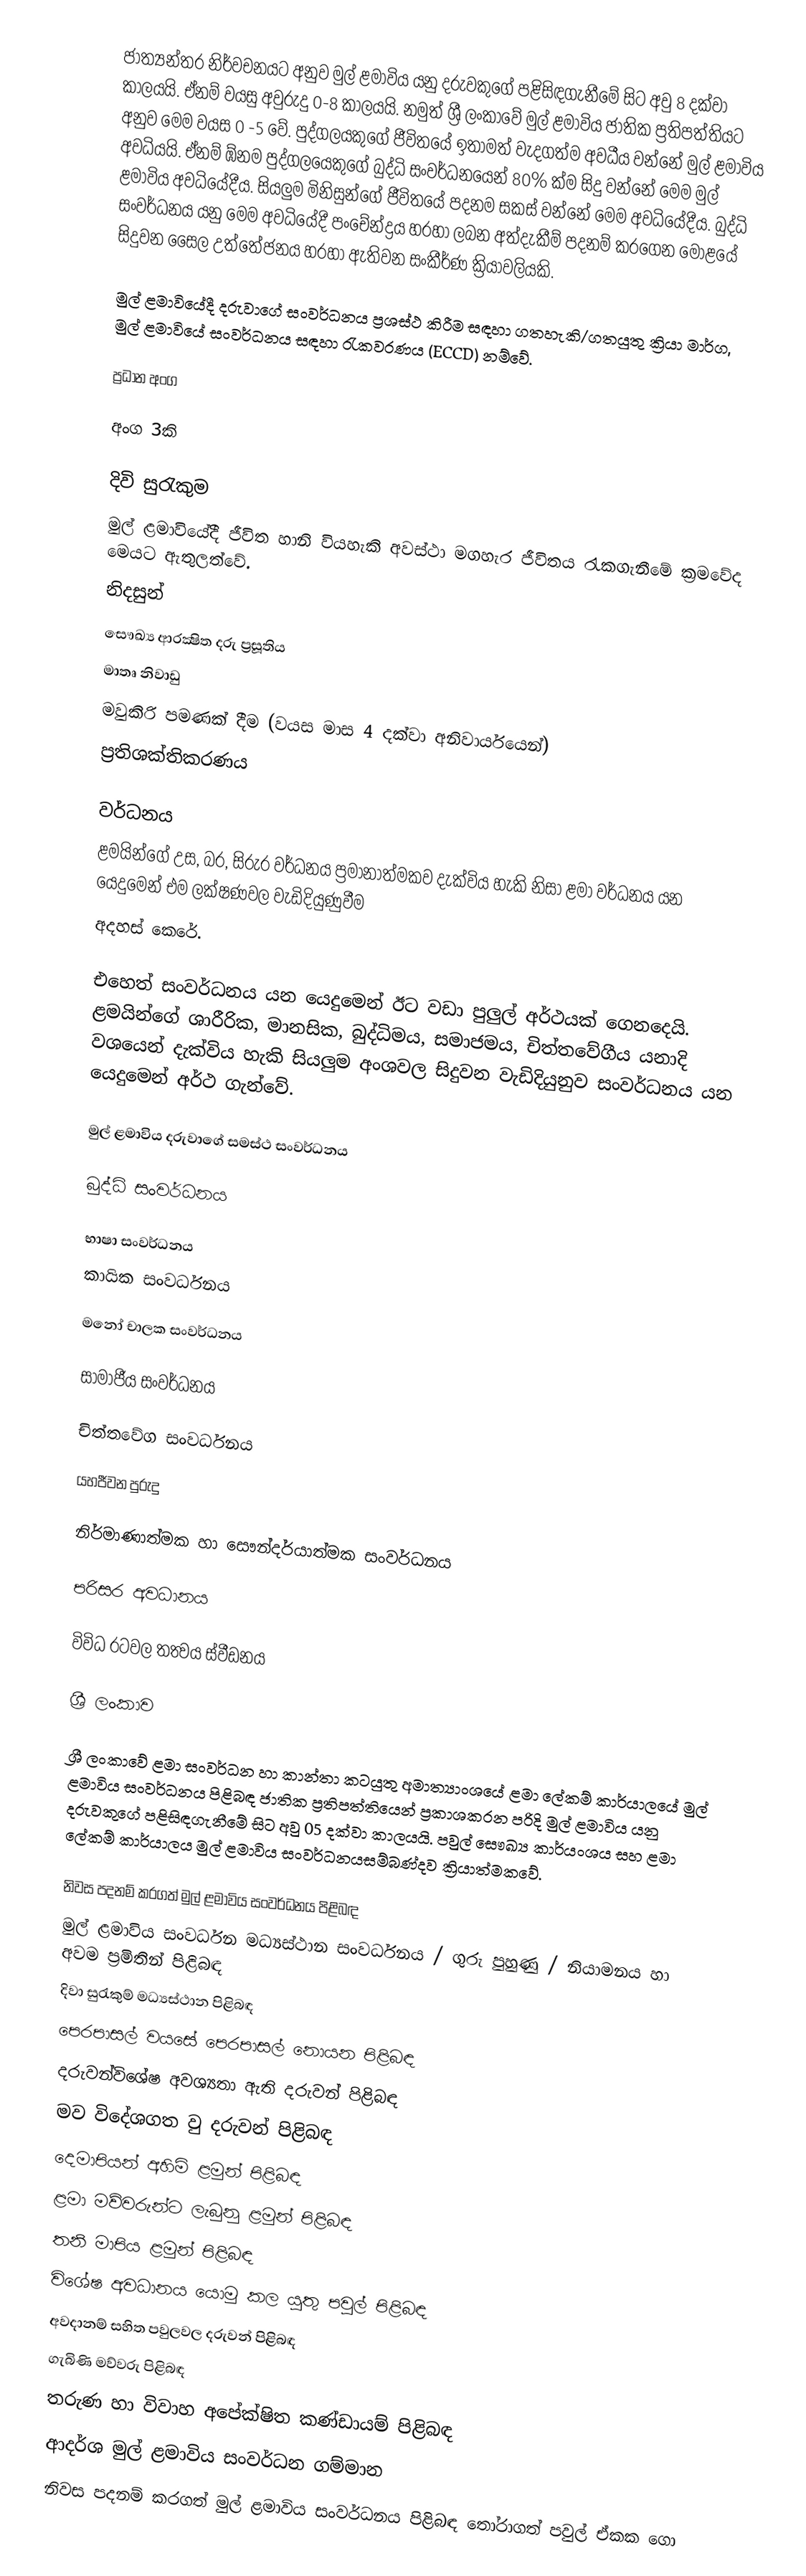
ජාත්‍යන්තර නිර්වචනයට අනුව මුල් ළමාවිය යනු දරුවකුගේ පළිසිඳගැනීමේ සිට අවු 8 දක්වා කාලයයි. ඒනම් වයසු අවුරුදු 0-8 කාලයයි. නමුත් ශ්‍රී ලංකාවේ මුල් ළමාවිය ජාතික ප්‍රතිපත්තියට අනුව මෙම වයස 0 -5 වේ. පුද්ගලයකුගේ ජීවිතයේ ඉතාමත් වැදගත්ම අවධීය වන්නේ මුල් ළමාවිය අවධියයි. ඒනම් ඹ්නම පුද්ගලයෙකුගේ බුද්ධි සංවර්ධනයෙන් 80% ක්ම සිදු වන්නේ මෙම මුල් ළමාවිය අවධියේදීය. සියලුම මිනිසුන්ගේ ජීවිතයේ පදනම සකස් වන්නේ මෙම අවධියේදීය. බුද්ධි සංවර්ධනය යනු මෙම අවධියේදී පංචේන්ද්‍රය හරහා ලබන අත්දැකීම් පදනම් කරගෙන මොළයේ සිදුවන සෛල උත්තේජනය හරහා ඇතිවන සංකීර්ණ ක්‍රියාවලියකි.

මුල් ළමාවියේදී දරුවාගේ සංවර්ධනය ප්‍රශස්ථ කිරීම සඳහා ගතහැකි/ගතයුතු ක්‍රියා මාර්ග, මුල් ළමාවියේ සංවර්ධනය සඳහා රැකවරණය (ECCD) නම්වේ.

ප්‍රධාන අංග

අංග 3කි

දිවි සුරැකුම
මුල් ළමාවියේදී ‍ජීවිත හානි වියහැකි අවස්ථා මගහැර ජීවිතය රැකගැනීමේ ක්‍රමවේද මෙයට ඇතුලත්වේ.
නිදසුන්
 සෞඛ්‍ය ආරක්‍ෂිත දරු ප්‍රසූතිය
 මාතෘ නිවාඩු
 මවුකිරි පමණක් දීම (වයස මාස 4 දක්වා අනිවාර්යයෙන්)
 ප්‍රතිශක්තිකරණය

වර්ධනය
ළමයින්ගේ උස, බර, සිරුර වර්ධනය ප්‍රමානාත්මකව දැක්විය හැකි නිසා ළමා වර්ධනය ‍යන යෙදුමෙන් එම ලක්ෂණවල වැඩිදියුණුවීම
අදහස් කෙරේ.

එහෙත් සංවර්ධනය යන යෙදුමෙන් ඊට වඩා පුලුල් අර්ථයක් ගෙනදෙයි. ළමයින්ගේ ශාරීරික, මානසික, බුද්ධිමය, සමාජමය, චිත්තවේගීය යනාදි වශයෙන් දැක්විය හැකි සියලුම අංශවල සිදුවන වැඩිදියුනුව සංවර්ධනය යන යෙදුමෙන් අර්ථ ගැන්වේ.

මුල් ළමාවිය දරුවාගේ සමස්ථ සංවර්ධනය

බුද්ධි සංවර්ධනය

භාෂා සංවර්ධනය
කායික සංවර්ධනය

මනෝ චාලක සංවර්ධනය

සාමාජීය සංවර්ධනය

චිත්තවේග සංවර්ධනය

යහජීවන පුරුදු

නිර්මාණාත්මක හා සෞන්දර්යාත්මක සංවර්ධනය

පරිසර අවධානය

විවිධ රටවල තත්‍වය ස්වීඩනය

ශ්‍රී ලංකාව

ශ්‍රී ලංකාවේ ළමා සංවර්ධන හා කාන්තා කටයුතු අමාත්‍යාංශයේ ළමා ලේකම් කාර්යාලයේ මුල් ළමාවිය සංවර්ධනය පිළිබඳ ජාතික ප්‍රතිපත්තියෙන් ප්‍රකාශකරන පරිදි මුල් ළමාවිය යනු දරුවකුගේ පළිසිඳගැනීමේ සිට අවු 05 දක්වා කාලයයි. පවුල් සෞඛ්‍ය කාර්යංශය සහ ළමා ලේකම් කාර්යාලය  මුල් ළමාවිය සංවර්ධනයසම්බණ්දව ක්‍රියාත්මකවේ.

 නිවස පදනම් කරගත් මුල් ළමාවිය සංවර්ධනය පිළිබඳ
 මුල් ළමාවිය සංවර්ධන මධ්‍යස්ථාන සංවර්ධනය / ගුරු පුහුණු / නියාමනය හා අවම ප්‍රමිතින් පිළිබඳ
 දිවා සුරැකුම් මධ්‍යස්ථාන පිළිබඳ
 පෙරපාසල් වයසේ පෙරපාසල් නොයන පිළිබඳ
 දරුවන්විශේෂ අවශ්‍යතා ඇති දරුවන් පිළිබඳ
 මව විදේශගත වු දරුවන් පිළිබඳ
 දෙමාපියන් අහිමි ළමුන් පිළිබඳ
 ළමා මව්වරුන්ට ලැබුනු ළමුන් පිළිබඳ
 තනි මාපිය  ළමුන් පිළිබඳ
 විශේෂ අවධානය යොමු කල යුතු පවුල් පිළිබඳ
 අවදානම් සහිත පවුලවල දරුවන් පිළිබඳ
ගැබිණි මව්වරු පිළිබඳ
 තරුණ හා විවාහ අපේක්ෂිත කණ්ඩායම් පිළිබඳ
 ආදර්ශ මුල් ළමාවිය සංවර්ධන ගම්මාන
 නිවස පදනම් කරගත් මුල් ළමාවිය සංවර්ධනය පිළිබඳ තෝරාගත් පවුල් ඒකක ගො